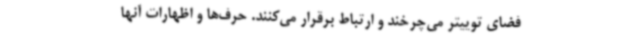
فضای توییتر می‌چرخند و ارتباط برقرار می‌کنند. حرف‌ها و اظهارات آنها